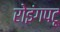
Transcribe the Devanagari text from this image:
रोइंगपटू